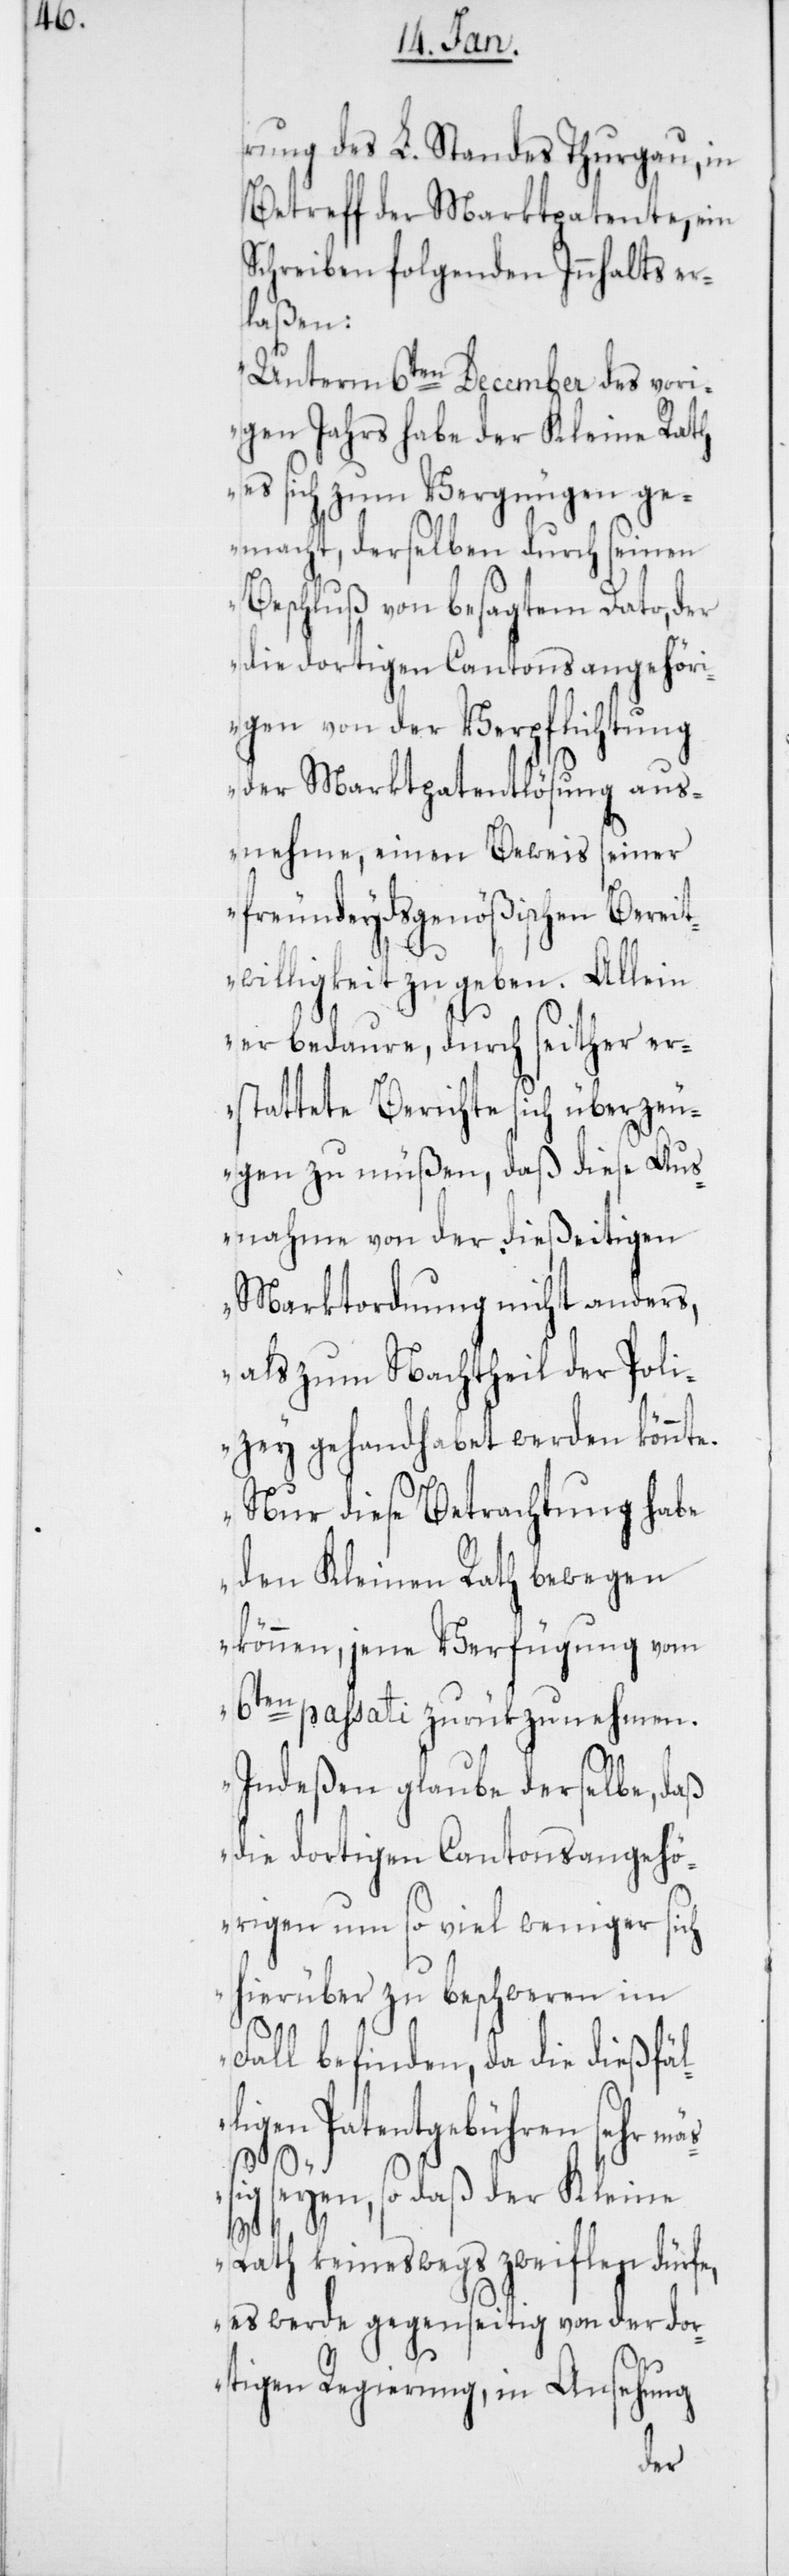
rung des L. Standes Thurgau, in
Betreff der Marktpatente, ein
Schreiben folgenden Inhalts er¬
laßen:
„Unterm 6ten December des vori¬
gen Jahrs habe der Kleine Rath
es sich zum Vergnügen ge¬
macht, derselben durch seinen
Beschluß von besagtem Dato, der
die dortigen Cantonsangehöri¬
gen von der Verpflichtung
der Marktpatentlösung aus¬
nehme, einen Beweis seiner
freundeydsgenößischen Bereit¬
willigkeit zu geben. Allein
er bedaure, durch seither er¬
stattete Berichte sich überzeu¬
gen zu müßen, daß diese Aus¬
nahme von der dießeitigen
Marktordnung nicht anders,
als zum Nachtheil der Poli¬
zey gehandhabet werden könnte.
Nur diese Betrachtung habe
den kleinen Rath bewegen
können, jene Verfügung vom
6ten passati zurükzunehmen.
Indeßen glaube derselbe, daß
die dortigen Cantonsangehö¬
rigen um so viel weniger sich
hierüber zu beschweren im
Fall befinden, da die dießfäl¬
ligen Patentgebühren
mäßig seyen, so daß der Kleine
Rath keineswegs zweifeln dürfe,
es werde gegenseitig von der dor¬
tigen Regierung, in Ansehung